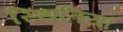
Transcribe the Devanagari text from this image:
स्थितियॉ